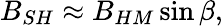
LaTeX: B_{SH}\approx B_{HM}\sin\beta,